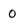
Character: 0